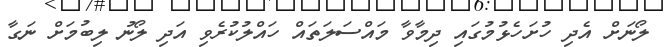
ލޯނަށް އެދި ހުށަހެޅުމުގައި ދިމާވާ މައްސަލަތައް ހައްލުކުރެވި އަދި ލޯނު ލިބުމަށް ނަގާ